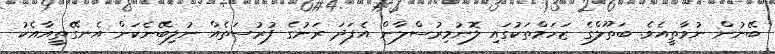
ބޭނުން ނުވާތީއެވެ. ބަތޫލްގެ ޒަހަމްތަކުގައި ލޮނުމިރުސްލާން އެފަދަ ރަނުގެ ފުރުސަތެއް ނުލިބޭނެކަން އެނގޭތީއާއެކު